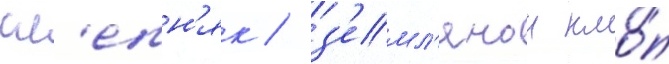
сл'епн'як / з'емл'янои кло́п